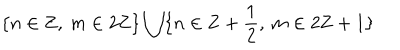
\{ n \in \mathbf { Z } , \: m \in 2 \mathbf { Z } \} \bigcup \{ n \in \mathbf { Z } + \frac { 1 } { 2 } , \: m \in 2 \mathbf { Z } + 1 \}